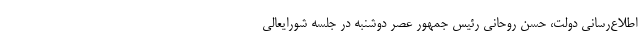
اطلاع‌رسانی دولت، حسن روحانی رئیس جمهور عصر دوشنبه در جلسه شورایعالی